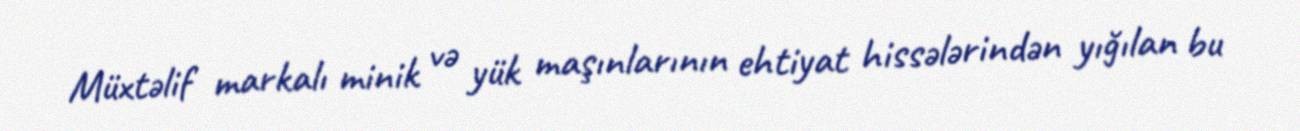
Müxtəlif markalı minik və yük maşınlarının ehtiyat hissələrindən yığılan bu